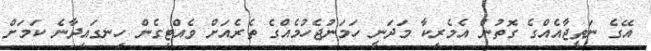
އޭގެ ނަތީޖާއެއްގެ ގޮތުން އެމެރިކާ މަދަނީ ހަމަނުޖެހުމެއްގެ ތެރެއަށް ވެއްޓިގެން ހިނގައިދާނެ ކަމަށް